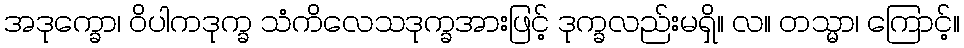
အဒုက္ခော၊ ဝိပါကဒုက္ခ သံကိလေသဒုက္ခအားဖြင့် ဒုက္ခလည်းမရှိ။ လ။ တသ္မာ၊ ကြောင့်။